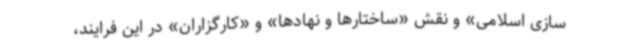
سازی اسلامی» و نقش «ساختارها و نهادها» و «کارگزاران» در این فرایند،